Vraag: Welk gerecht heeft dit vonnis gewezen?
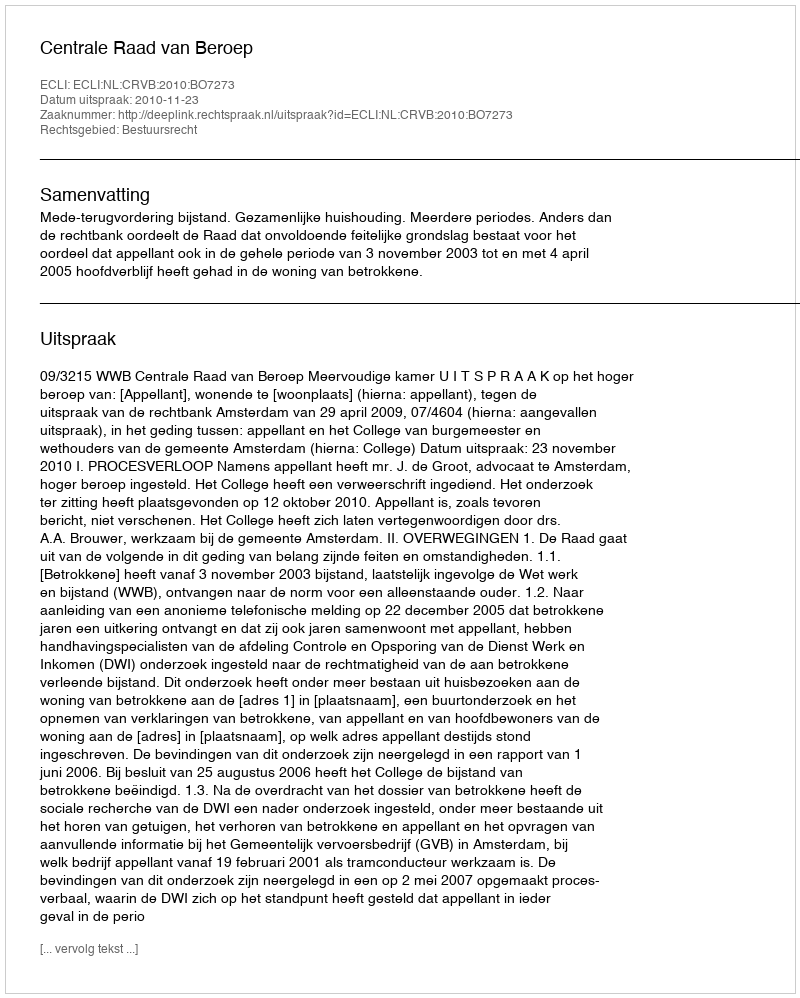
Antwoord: Centrale Raad van Beroep